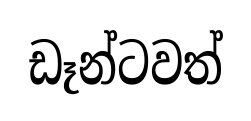
ඩෑන්ටවත්